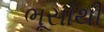
ભૂસાથી